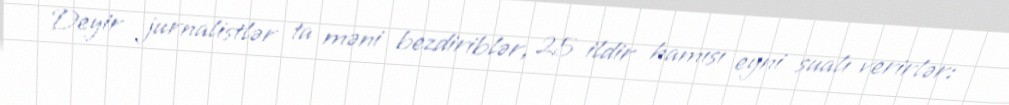
Deyir jurnalistlər ta məni bezdiriblər, 25 ildir hamısı eyni sualı verirlər: